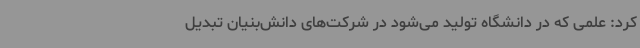
کرد: علمی که در دانشگاه تولید می‌شود در شرکت‌های دانش‌بنیان تبدیل